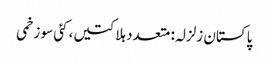
پاکستان زلزلہ: متعدد ہلاکتیں، کئی سو زخمی